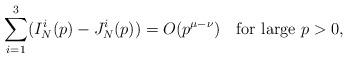
LaTeX: \begin{align*}\sum_{i=1}^3(I_N^i(p)-J_N^i(p))=O(p^{\mu-\nu})\quad\mbox{for large }p>0,\end{align*}